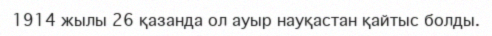
1914 жылы 26 қазанда ол ауыр науқастан қайтыс болды.